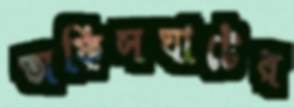
অফিসঘাটের